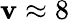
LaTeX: \mathbf{v}\approx8